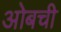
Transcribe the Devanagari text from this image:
ओबची